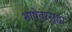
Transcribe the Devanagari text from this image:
भाषेवरसुद्धा